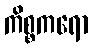
ကိစ္စကရော